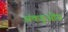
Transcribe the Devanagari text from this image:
अंकडुओंग